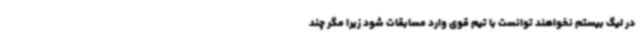
در لیگ بیستم نخواهند توانست با تیم قوی وارد مسابقات شود زیرا مگر چند